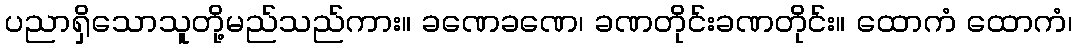
ပညာရှိသောသူတို့မည်သည်ကား။ ခဏေခဏေ၊ ခဏတိုင်းခဏတိုင်း။ ထောကံ ထောကံ၊